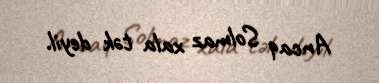
Ancaq Solmaz xala tək deyil.